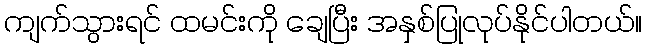
ကျက်သွားရင် ထမင်းကို ချေပြီး အနှစ်ပြုလုပ်နိုင်ပါတယ်။